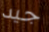
جيد